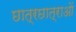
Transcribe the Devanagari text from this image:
छात्रछात्राओं